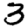
Digit: 3